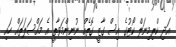
އަދި ކްރިމިނަލް ކޯޓުގެ އިސް ގާޒީ ގޮތެއް ނުނިންމަވާތީ އެ މައްސަލަތައް ހައި